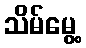
သိမ်မွေ့